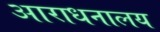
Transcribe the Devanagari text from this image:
आराधनालय